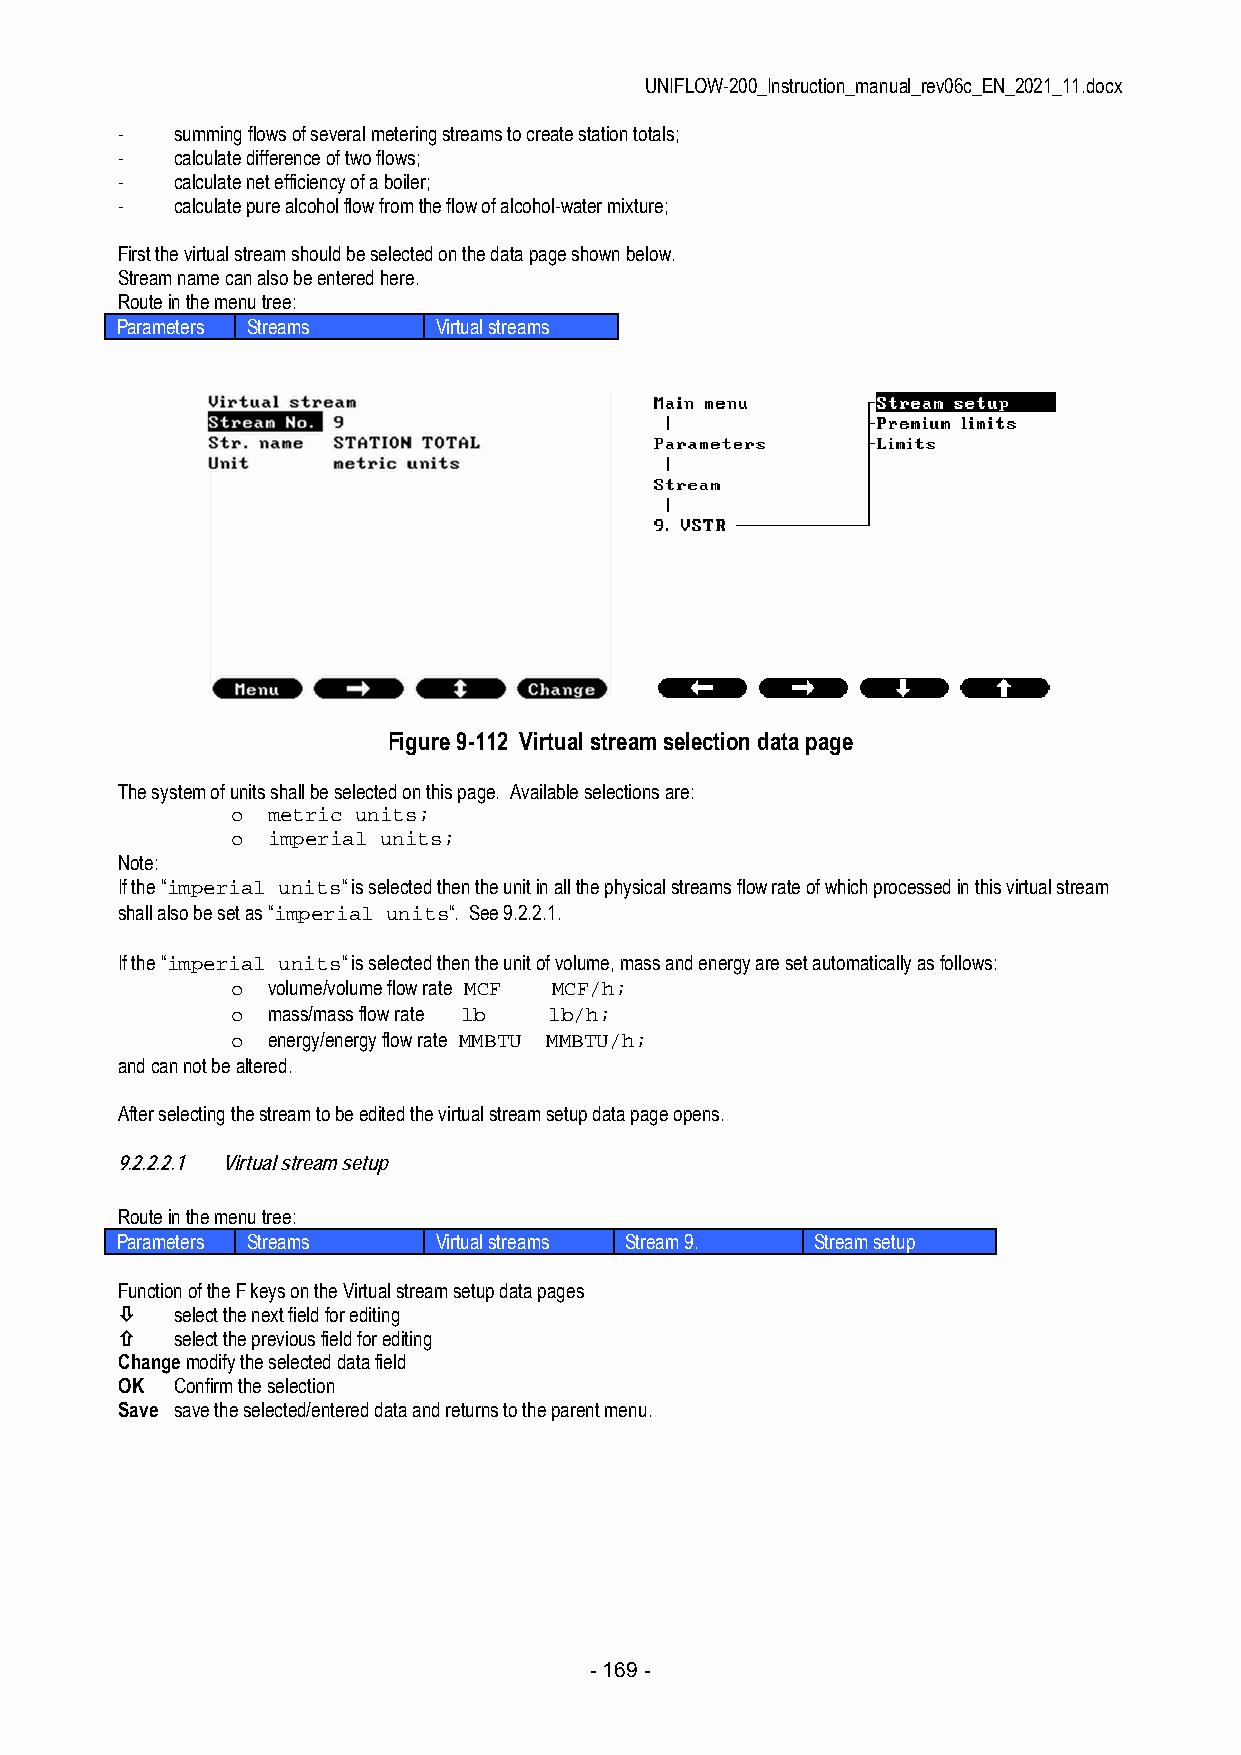
UNIFLOW-200_Instruction_manual_rev06c_EN_2021_11.docx
 -   summing flows of several metering streams to create station totals;
 -   calculate difference of two flows;
 -   calculate net efficiency of a boiler;
 -   calculate pure alcohol flow from the flow of alcohol-water mixture;
 First the virtual stream should be selected on the data page shown below.
 Stream name can also be entered here.
 Route in the menu tree:
 Parameters Streams   Virtual streams
 Figure 9-112 Virtual stream selection data page
 The system of units shall be selected on this page. Available selections are:
 o  metric units;
 o  imperial units;
 Note:
 If the “imperial units“ is selected then the unit in all the physical streams flow rate of which processed in this virtual stream
 shall also be set as “imperial units“. See 9.2.2.1.
 If the “imperial units“ is selected then the unit of volume, mass and energy are set automatically as follows:
 o  volume/volume flow rate MCF MCF/h;
 o  mass/mass flow rate lb lb/h;
 o  energy/energy flow rate MMBTU MMBTU/h;
 and can not be altered.
 After selecting the stream to be edited the virtual stream setup data page opens.
 9.2.2.2.1 Virtual stream setup
 Route in the menu tree:
 Parameters Streams   Virtual streams Stream 9. Stream setup
 Function of the F keys on the Virtual stream setup data pages
    select the next field for editing
    select the previous field for editing
 Change modify the selected data field
 OK  Confirm the selection
 Save save the selected/entered data and returns to the parent menu.
 - 169 -